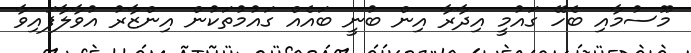
މޫސުމާއި ބެހޭ ގައުމީ އިދާރާ އިން ބުނީ ބައެއް ގައުމުތަކުން އިންޒާރު އުވާލާފައިވާ